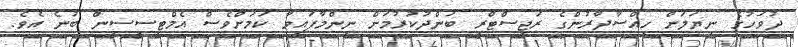
ދުވަހުގެ ނިޔަލަށް ހިއްސާދާރުންގެ ރަޖިސްޓްރީ ބަންދުކުރުމަށް ނިންމާފައިވާ ކަމަށްވެސް އެމްޓީސީސީން ބުނެ އެވެ.